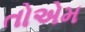
તોએમ